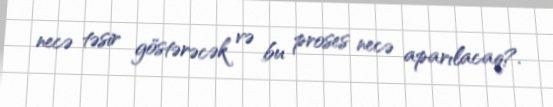
necə təsir göstərəcək və bu proses necə aparılacaq?.